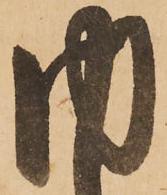
内